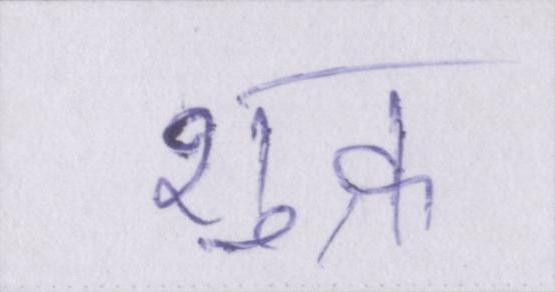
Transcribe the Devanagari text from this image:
शुक्र